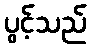
ပွင့်သည်